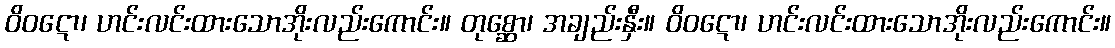
ဝိဝဋော၊ ဟင်းလင်းထားသောအိုးလည်းကောင်း။ တုစ္ဆော၊ အချည်းနှီး။ ဝိဝဋော၊ ဟင်းလင်းထားသောအိုးလည်းကောင်း။